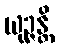
ယုဉ္ဇန္တိ